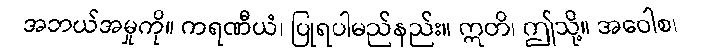
အဘယ်အမှုကို။ ကရဏီယံ၊ ပြုရပါမည်နည်း။ ဣတိ၊ ဤသို့။ အဝေါစ၊